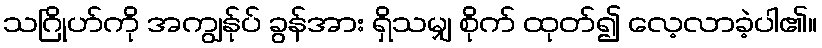
သဂြိုဟ်ကို အကျွန်ုပ် ခွန်အား ရှိသမျှ စိုက် ထုတ်၍ လေ့လာခဲ့ပါ၏။